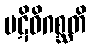
ပဋိဝိဂစ္ဆတိ